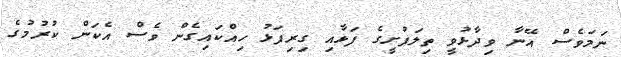
ނަމަވެސް އޭނާ ވިދާޅުވީ ތިލަފުށީގެ ފަޅާއި ގިރިފަޅު ހިއްކައިގެން ވެސް އެކަން ކުރުމުގެ